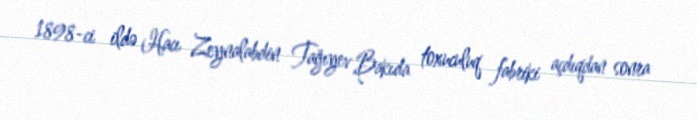
1898-ci ildə Hacı Zeynalabdin Tağıyev Bakıda toxuculuq fabriki açdıqdan sonra